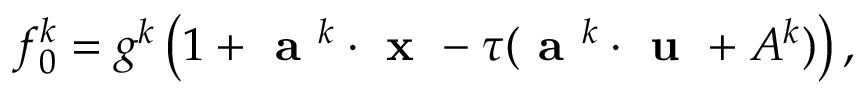
f _ { 0 } ^ { k } = g ^ { k } \left( 1 + \textbf { a } ^ { k } \cdot \textbf { x } - \tau ( \textbf { a } ^ { k } \cdot \textbf { u } + A ^ { k } ) \right) ,